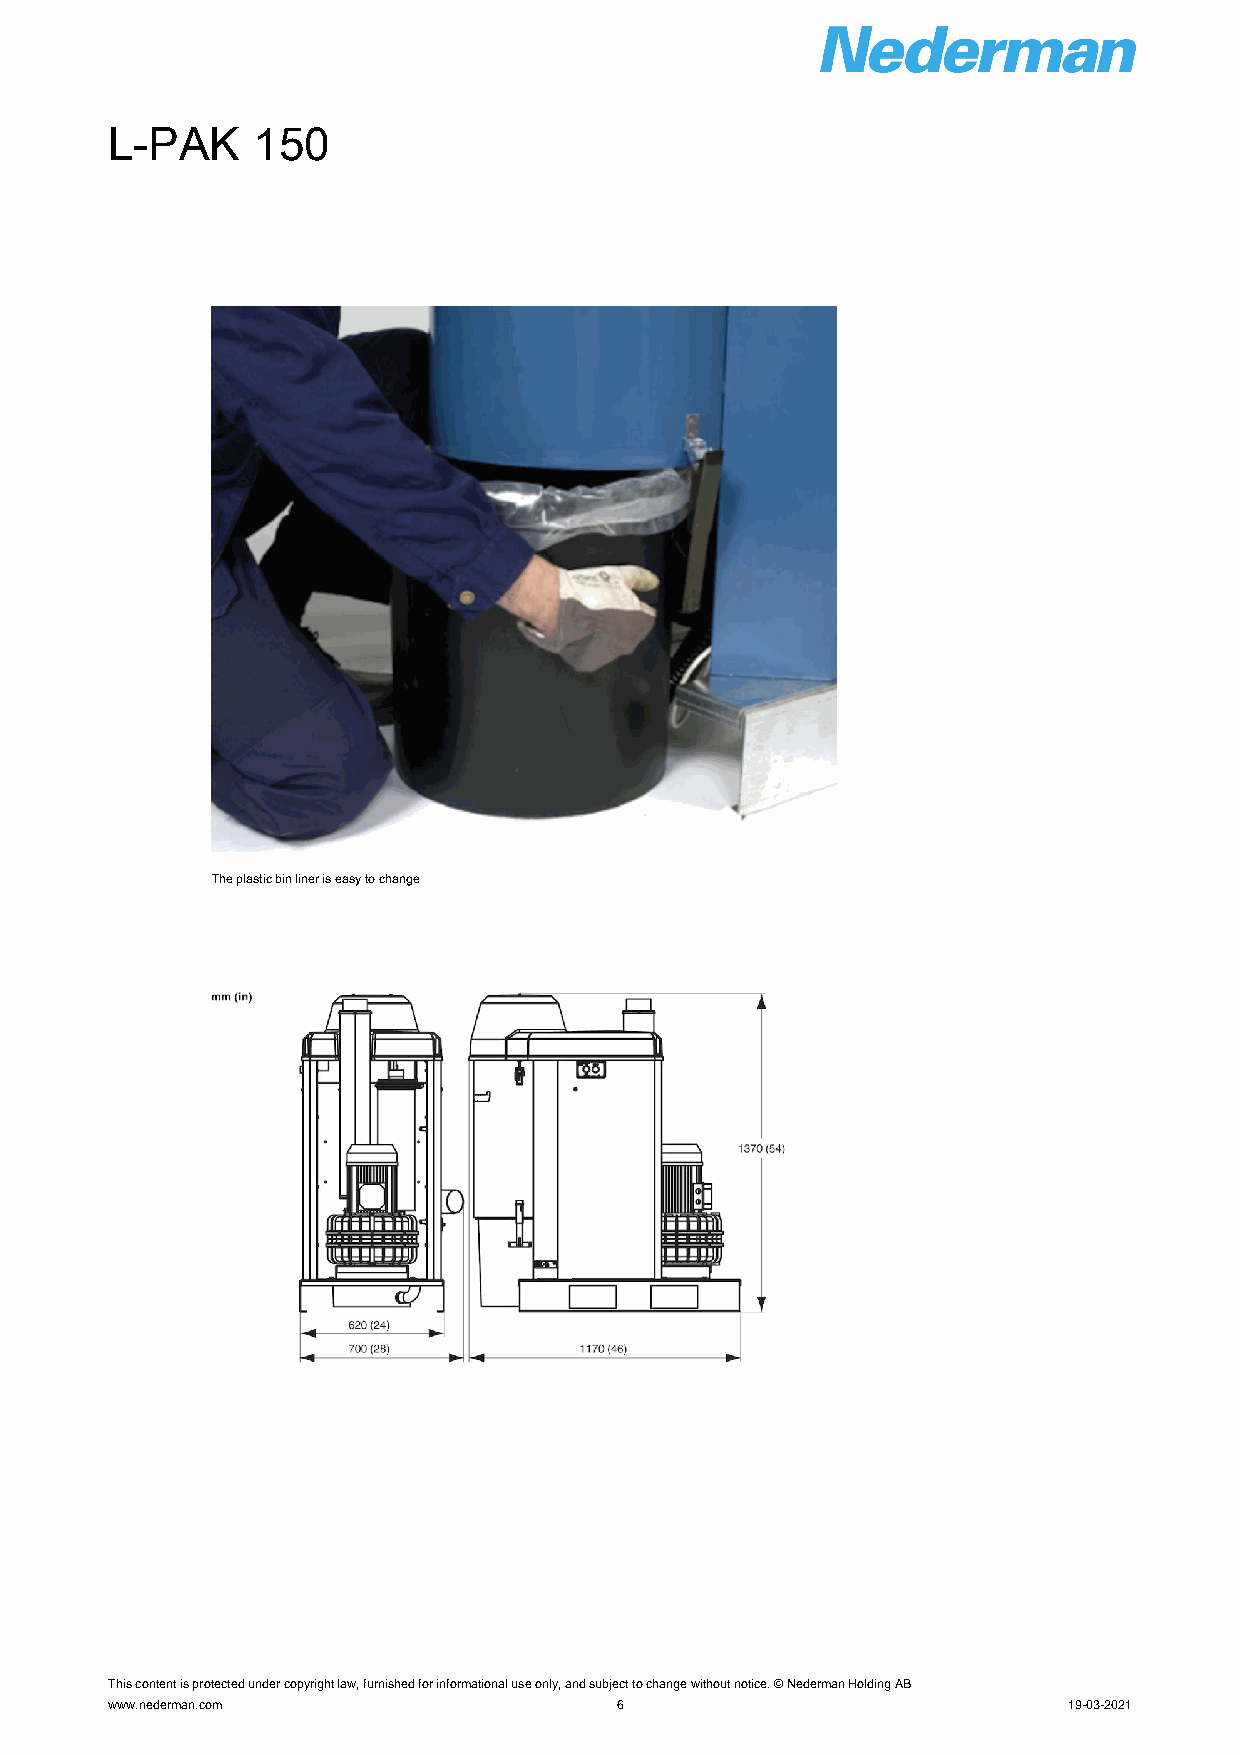
L-PAK     150
 The plastic bin liner is easy to change
 This content is protected under copyright law, furnished for informational use only, and subject to change without notice. © Nederman Holding AB
 www.nederman.com                  6                             19-03-2021